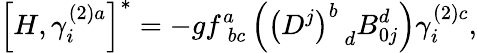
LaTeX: \left[H,\gamma_{i}^{\left(2\right)a}\right]^{*}=-gf_{\; bc}^{a}\left(\left(D^{j}\right)_{\; \; d}^{b}B_{0j}^{d}\right)\gamma_{i}^{\left(2\right)c},